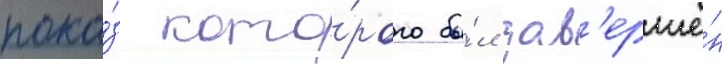
пока́з кото́рого бы́л зав'ершё́н